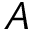
\boldsymbol { A }